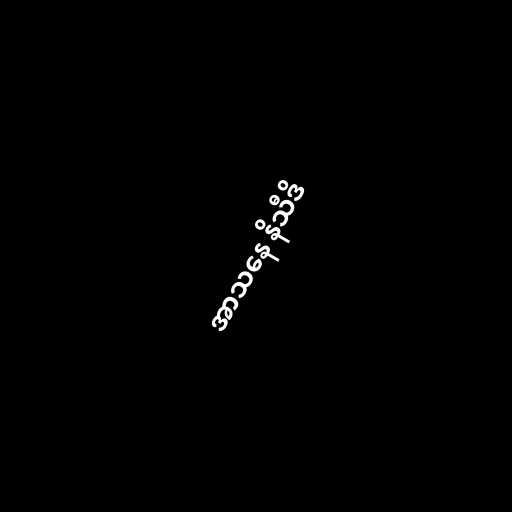
အာသနေ နိသီဒိ